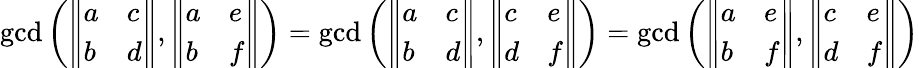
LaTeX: \operatorname*{gcd}\left({\left\Vert\begin{array}{ll}{a}&{c}\\ {b}&{d}\end{array}\right\Vert},{\left\Vert\begin{array}{ll}{a}&{e}\\ {b}&{f}\end{array}\right\Vert}\right)=\operatorname*{gcd}\left({\left\Vert\begin{array}{ll}{a}&{c}\\ {b}&{d}\end{array}\right\Vert},{\left\Vert\begin{array}{ll}{c}&{e}\\ {d}&{f}\end{array}\right\Vert}\right)=\operatorname*{gcd}\left({\left\Vert\begin{array}{ll}{a}&{e}\\ {b}&{f}\end{array}\right\Vert},{\left\Vert\begin{array}{ll}{c}&{e}\\ {d}&{f}\end{array}\right\Vert}\right)